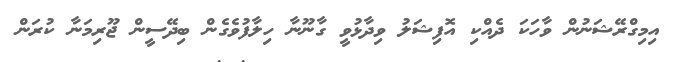
އިމިގްރޭޝަނުން ވާހަކަ ދެއްކި އޮފިޝަލު ވިދާޅުވީ ގާނޫނާ ހިލާފުވެގެން ބިދޭސީން ޖޫރިމަނާ ކުރަން